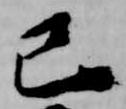
己